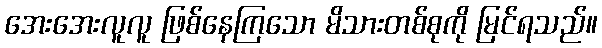
အေးအေးလူလူ ဖြစ်နေကြသော မိသားတစ်စုကို မြင်ရသည်။